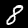
Digit: 8